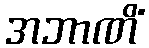
အဘာဏိံ